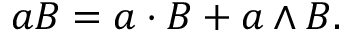
a B = a \cdot B + a \wedge B .